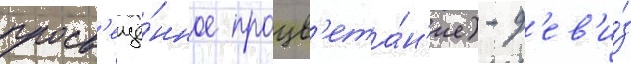
просв'ещё́нное процв'ета́н'ие) - д'ев'и́з